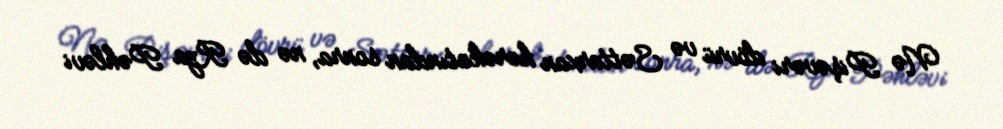
Nə Pişəvəri dövrü və Səttarxan hərəkatından sonra, nə də Rza Pəhləvi